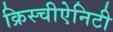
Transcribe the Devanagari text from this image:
क्रिस्चीऐनिटी